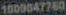
1000047750